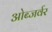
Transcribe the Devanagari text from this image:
ओब्जर्वर